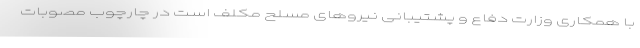
با همکاری وزارت دفاع و پشتیبانی نیروهای مسلح مکلف است در چارچوب مصوبات